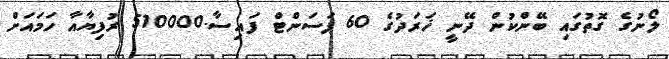
ލޯނުގެ ގޮތުގައި ބޭންކުން ދޭނީ ޚަރަދުގެ 60 ޕަސަންޓް ފައިސާ.510000 ރުފިޔާއާ ހަމައަށް